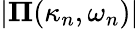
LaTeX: |\boldsymbol{\Pi}(\kappa_{n},\omega_{n})|